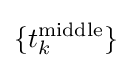
\{t_{k}^{\rm {middle}}\}